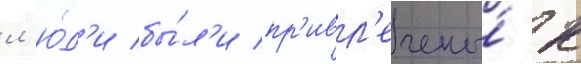
л'ю́д'и бы́л'и пр'ивл'ечены́ к